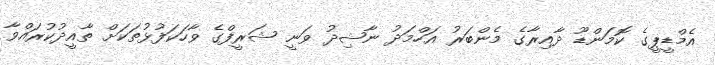
އެމްޑީޕީގެ ކޮމަންޑޫ ދާއިރާގެ މެންބަރު އަހްމަދު ނާޝިދު ވަނީ ޝަރީފްގެ ވާހަކަފުޅުތަކަށް ތާއީދުކުރައްވާ